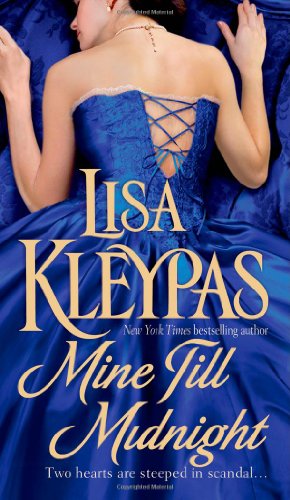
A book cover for Mine Till Midnight (The Hathaways, Book 1); Lisa Kleypas; Romance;